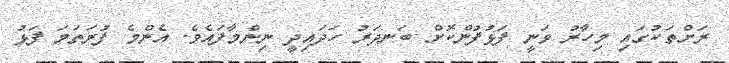
ރަށްތަކުގައި މިހާރު ވަނީ ފަޅުފުންކޮށް ބަނދަރު ހަދައިދީ ނިންމާފައެވެ. އެންމެ ފުރަތަމަ ފަޅު